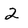
Character: 2